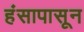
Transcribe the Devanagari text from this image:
हंसापासून